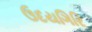
ઉદયગિરિ